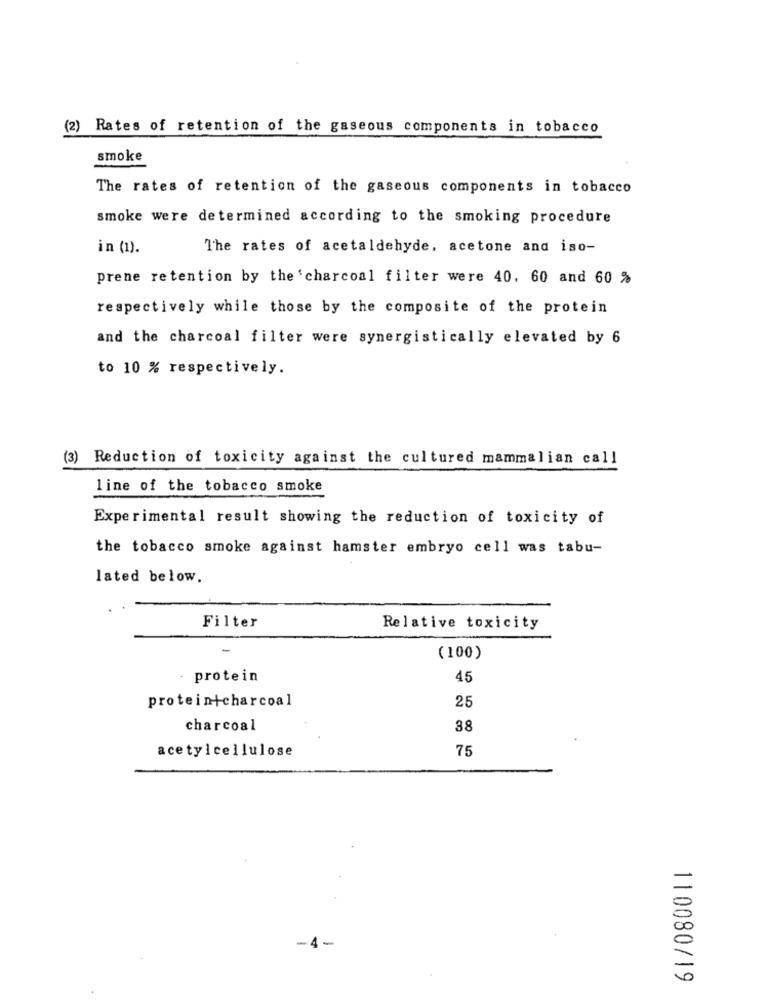
(2) Rates of retention of the gaseous components in tobacco
smoke
The rates of retention of the gaseous components in tobacco
smoke were determined according to the smoking procedure
in (1).
The rates of acetaldehyde, acetone and iso-
prene retention by the'charcoal filter were 40, 60 and 60 %
respectively while those by the composite of the protein
and the charcoal filter were synergistically elevated by 6
to 10 % respectively.
(3) Reduction of toxicity against the cultured mammalian call
line of the tobacco smoke
Experimental result showing the reduction of toxicity of
the tobacco smoke against hamster embryo cell was tabu-
lated below.
Filter
Relative toxicity
-
(100)
protein
45
protein+charcoal
25
charcoal
38
acetylcellulose
75
-4-
110080/19